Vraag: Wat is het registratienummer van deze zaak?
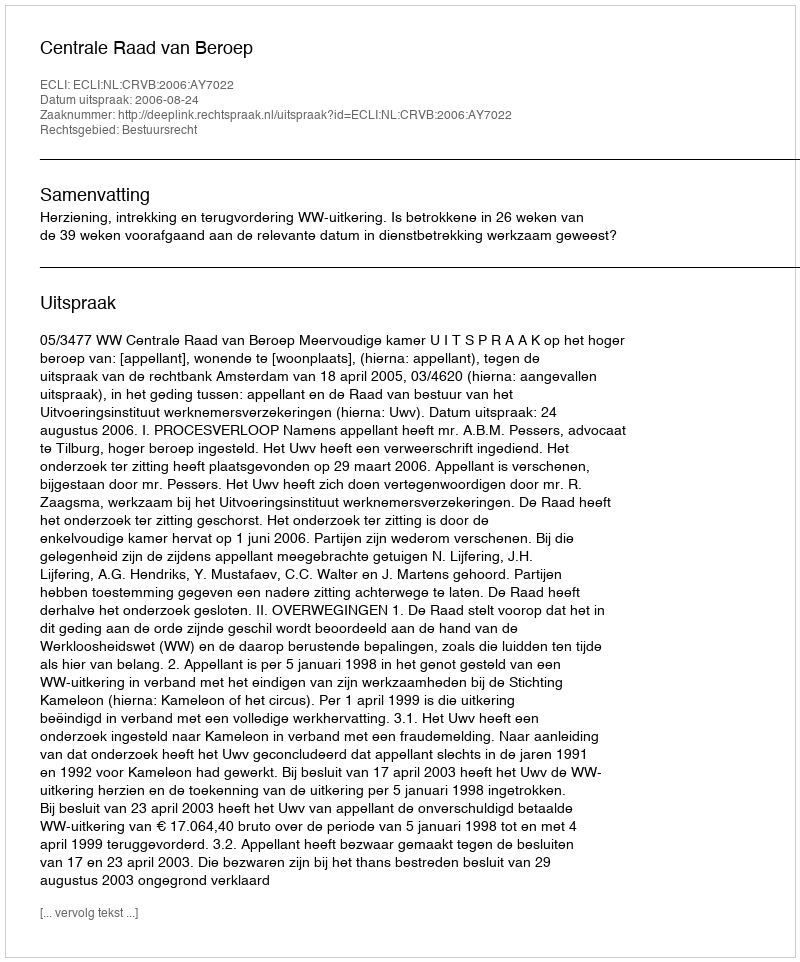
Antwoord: http://deeplink.rechtspraak.nl/uitspraak?id=ECLI:NL:CRVB:2006:AY7022